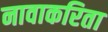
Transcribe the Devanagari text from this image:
नावाकरिता